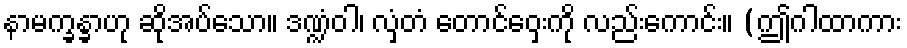
နာမက္ခန္ခာဟု ဆိုအပ်သော။ ဒဏ္ဍံဝါ၊ လှံတံ တောင်ဝှေးကို လည်းကောင်း။ (ဤဂါထာကား